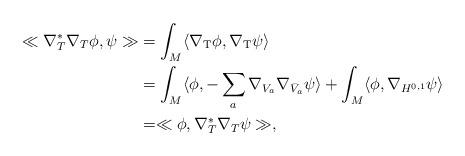
LaTeX: \begin{align*}\ll \nabla_T^*\nabla_T\phi,\psi\gg &=\int_M \langle\nabla_{\rm T}\phi,\nabla_{\rm T}\psi\rangle\\&=\int_M\langle\phi,-\sum_a \nabla_{V_a}\nabla_{\bar V_a}\psi\rangle +\int_M\langle\phi,\nabla_{H^{0,1}}\psi\rangle \\ &=\ll\phi,\nabla_T^*\nabla_T\psi\gg,\end{align*}